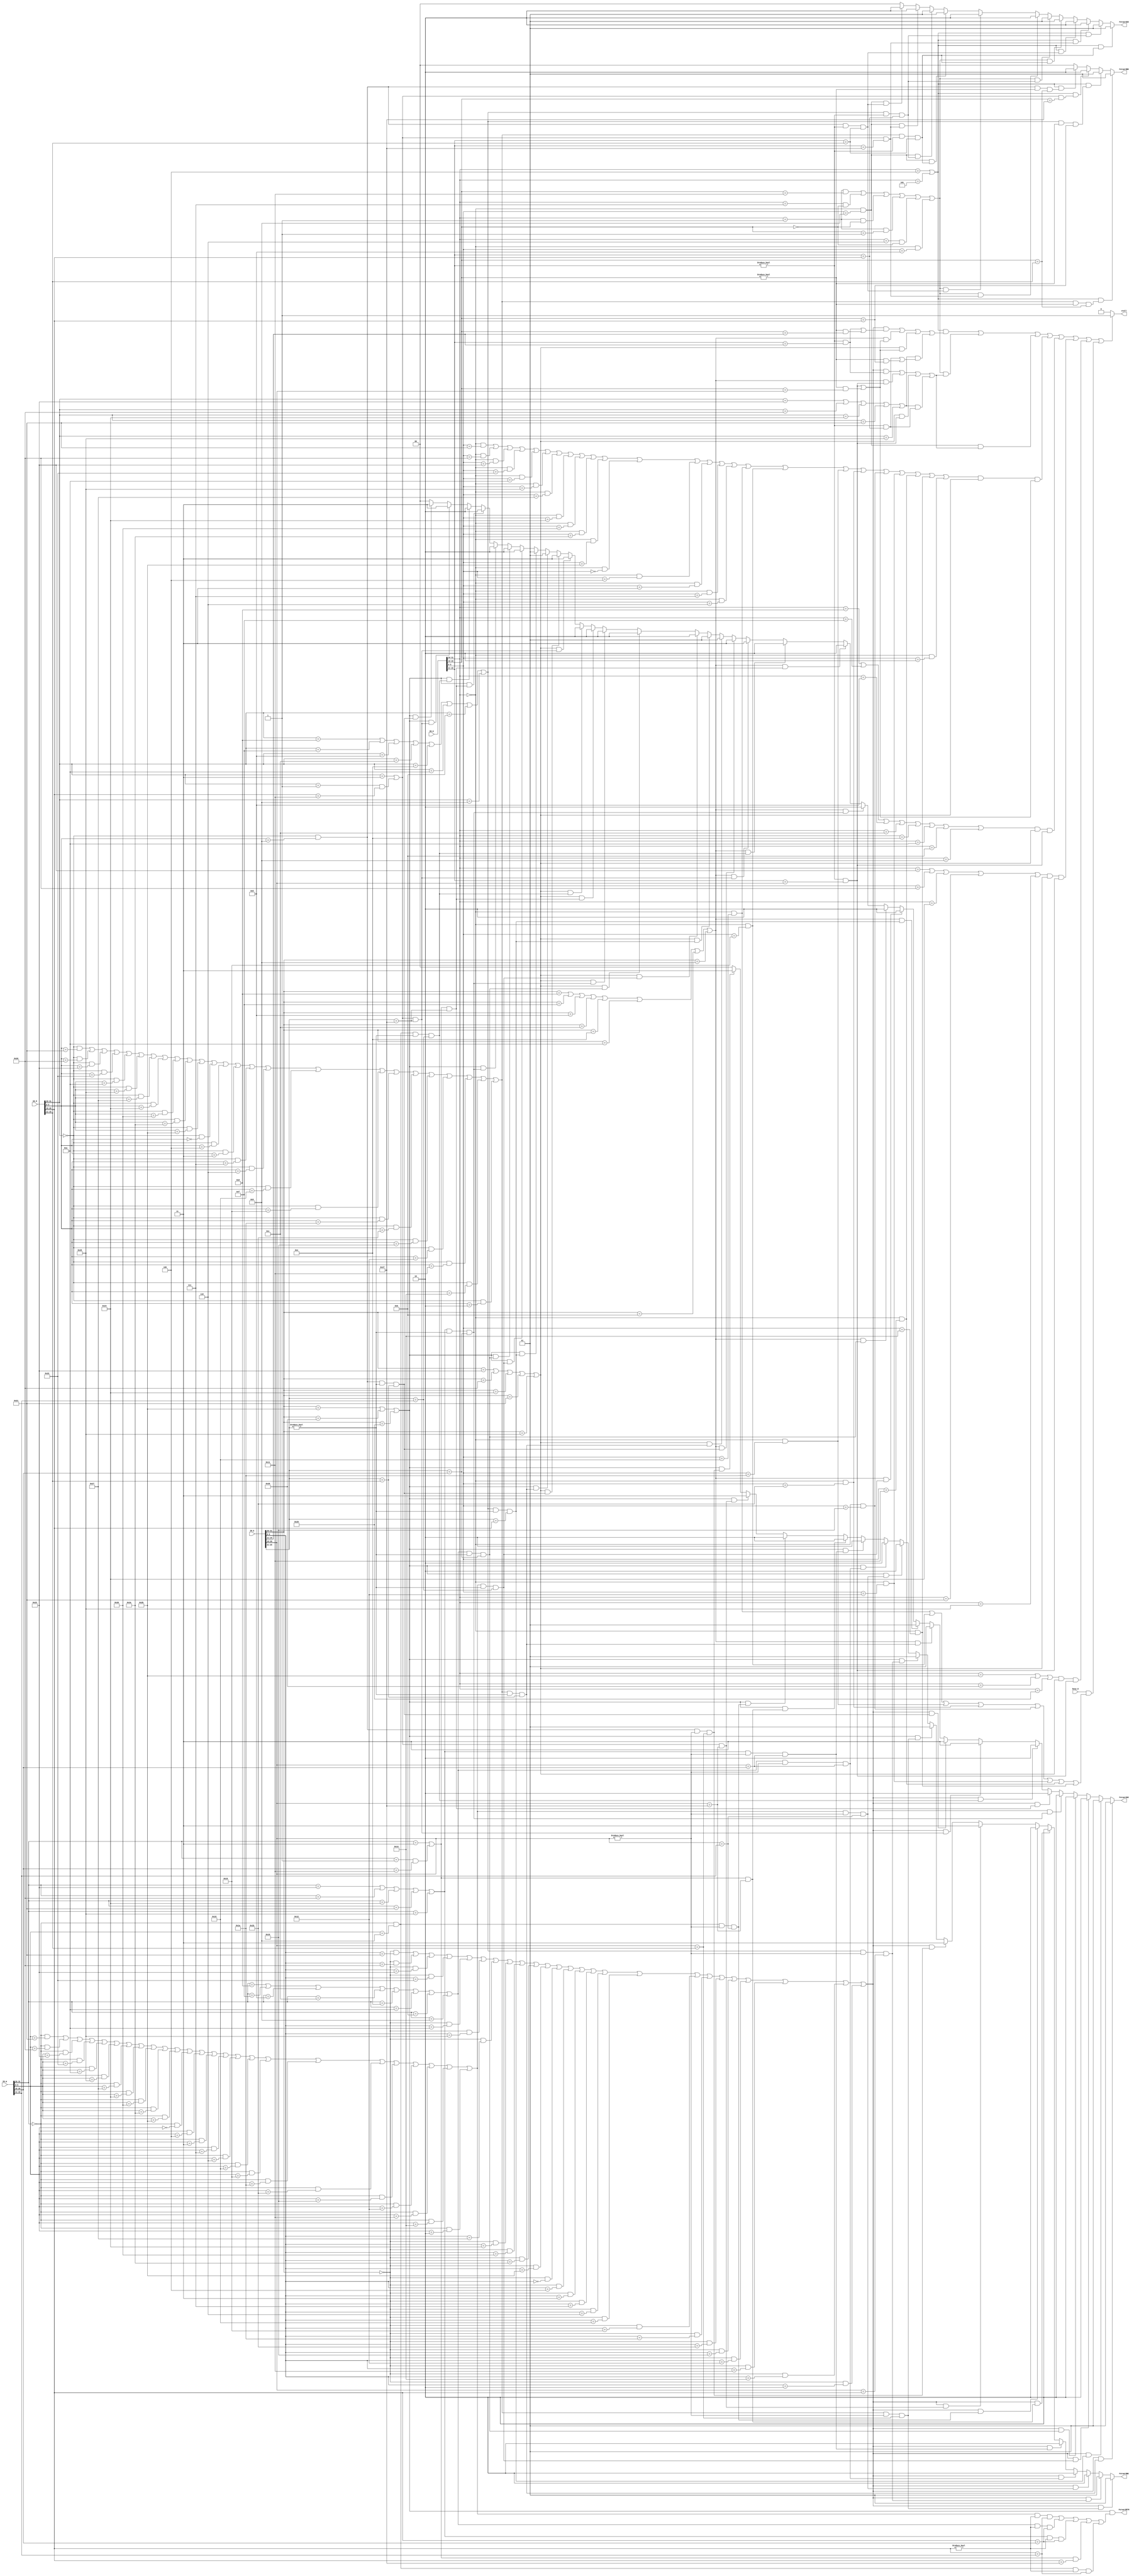
`timescale 1ns / 1ps
//////////////////////////////////////////////////////////////////////////////////
// Company: 
// Engineer: 
// 
// Design Name: 
// Module Name:    Hazard 
// Project Name: 
// Target Devices: 
// Tool versions: 
// Description: 
//
// Dependencies: 
//
// Revision: 
// Revision 0.01 - File Created
// Additional Comments: 
//
//////////////////////////////////////////////////////////////////////////////////
`define op 31:26
`define rs 25:21
`define rt 20:16
`define rd 15:11
`define func 5:0

`define op_r 			6'b000000
`define addu_func 	6'b100001
`define add_func 	   6'b100000
`define subu_func 	6'b100011
`define sub_func 	   6'b100010
`define jr_func 	   6'b001000
`define movz_func    6'b001010
`define And_func     6'b100100
`define Xor_func     6'b100110
`define sll_func     6'b000000
`define sllv_func    6'b000100
`define srl_func     6'b000010
`define srlv_func    6'b000110
`define sra_func     6'b000011
`define srav_func    6'b000111
`define Or_func		6'b100101
`define nor_func		6'b100111
`define slt_func		6'b101010
`define sltu_func		6'b101011
`define jalr_func		6'b001001

`define mult_func		6'b011000
`define multu_func	6'b011001
`define div_func	   6'b011010
`define divu_func	   6'b011011
`define mfhi_func	   6'b010000
`define mflo_func	   6'b010010
`define mthi_func	   6'b010001
`define mtlo_func	   6'b010011
	
`define ori_op       6'b001101
`define addi_op      6'b001000
`define addiu_op     6'b001001
`define andi_op      6'b001100
`define xori_op      6'b001110
`define lui_op       6'b001111
`define slti_op      6'b001010
`define sltiu_op     6'b001011
`define j_op         6'b000010
`define lw_op        6'b100011
`define lb_op        6'b100000
`define lbu_op       6'b100100
`define lh_op        6'b100001
`define lhu_op       6'b100101
`define sw_op        6'b101011
`define sb_op        6'b101000
`define sh_op        6'b101001
`define beq_op       6'b000100
`define bne_op       6'b000101
`define jal_op       6'b000011

`define bgezal_op    6'b000001
`define bgezal_rt    5'b10001

`define bgtz_op      6'b000111
`define bgtz_rt      5'b00000

`define bltz_op      6'b000001
`define bltz_rt      5'b00000

`define bgez_op      6'b000001
`define bgez_rt      5'b00001

`define blez_op      6'b000110
`define blez_rt      5'b00000


module Hazard(
    input [31:0] IR_D,
    input [31:0] IR_E,
    input [31:0] IR_M,
    input [31:0] IR_W,
	 input busy_E,
    output stall,
    output [1:0] ForwardAD,
    output [1:0] ForwardBD,
    output [1:0] ForwardAE,
    output [1:0] ForwardBE,
	 output ForwardRTM
    );
	 

	
	 
	 wire b_D;
	 wire b_rs_D;
	 wire jalr_D;
	 wire cal_r_D;
	 wire cal_i_D;
	 wire load_D;
	 wire store_D;
	 wire jal_D;
	 
	 wire b_E;
	 wire b_rs_E;
	 wire jalr_E;
	 wire cal_r_E;
	 wire cal_i_E;
	 wire load_E;
	 wire store_E;
	 wire jal_E;
	 
	 wire b_M;
	 wire b_rs_M;
	 wire jalr_M;
	 wire cal_r_M;
	 wire cal_i_M;
	 wire load_M;
	 wire store_M;
	 wire jal_M;
	 
	 wire b_W;
	 wire b_rs_W;
	 wire jalr_W;
	 wire cal_r_W;
	 wire cal_i_W;
	 wire load_W;
	 wire store_W;
	 wire jal_W;
	 
	 
	 
	 
	 assign b_D = (IR_D[`op] == `beq_op)||
					  (IR_D[`op] == `bne_op);//beq,bne
	
	 assign b_rs_D = ((IR_D[`op] == `bgezal_op)&&(IR_D[`rt] == `bgezal_rt))||
					     ((IR_D[`op] == `bgtz_op  )&&(IR_D[`rt] == `bgtz_rt  ))||
					     ((IR_D[`op] == `bltz_op  )&&(IR_D[`rt] == `bltz_rt  ))||
					     ((IR_D[`op] == `bgez_op  )&&(IR_D[`rt] == `bgez_rt  ))||
					     ((IR_D[`op] == `blez_op  )&&(IR_D[`rt] == `blez_rt  ))||
					     ((IR_D[`op] == `op_r     )&&(IR_D[`func] == `jr_func));//bgezal,bgtz,bltz,bgez,blez,jr
						  
	 assign jalr_D = (IR_D[`op] == `op_r)&&(IR_D[`func] == `jalr_func);//jalr
	
	 assign cal_r_D = ((IR_D[`op] == `op_r)&&(IR_D[`func] == `addu_func))||
	                  ((IR_D[`op] == `op_r)&&(IR_D[`func] == `add_func ))||
							((IR_D[`op] == `op_r)&&(IR_D[`func] == `subu_func))||
							((IR_D[`op] == `op_r)&&(IR_D[`func] == `sub_func ))||
							((IR_D[`op] == `op_r)&&(IR_D[`func] == `movz_func))||
							((IR_D[`op] == `op_r)&&(IR_D[`func] == `Or_func  ))||
							((IR_D[`op] == `op_r)&&(IR_D[`func] == `nor_func ))||
							((IR_D[`op] == `op_r)&&(IR_D[`func] == `And_func ))||
							((IR_D[`op] == `op_r)&&(IR_D[`func] == `Xor_func ))||
							((IR_D[`op] == `op_r)&&(IR_D[`func] == `slt_func ))||
							((IR_D[`op] == `op_r)&&(IR_D[`func] == `sltu_func))||
							((IR_D[`op] == `op_r)&&(IR_D[`func] == `sll_func ))||
							((IR_D[`op] == `op_r)&&(IR_D[`func] == `sllv_func))||
							((IR_D[`op] == `op_r)&&(IR_D[`func] == `sra_func ))||
							((IR_D[`op] == `op_r)&&(IR_D[`func] == `srav_func))||
							((IR_D[`op] == `op_r)&&(IR_D[`func] == `srlv_func))||
							((IR_D[`op] == `op_r)&&(IR_D[`func] == `mult_func))||
							((IR_D[`op] == `op_r)&&(IR_D[`func] == `multu_func))||
							((IR_D[`op] == `op_r)&&(IR_D[`func] == `div_func ))||
							((IR_D[`op] == `op_r)&&(IR_D[`func] == `divu_func))||
							((IR_D[`op] == `op_r)&&(IR_D[`func] == `mfhi_func))||
							((IR_D[`op] == `op_r)&&(IR_D[`func] == `mflo_func))||
							((IR_D[`op] == `op_r)&&(IR_D[`func] == `mthi_func))||
							((IR_D[`op] == `op_r)&&(IR_D[`func] == `mtlo_func))||
							((IR_D[`op] == `op_r)&&(IR_D[`func] == `srl_func ));//addu,add,subu,sub,movz,or,nor,and,xor,slt,sltu,sll,sllv,sra,srav,srlv,mult,multu,div,divu,mfhi,mflo,mthi,mtlo,srl
							
	 assign cal_i_D = (IR_D[`op] == `ori_op)   ||
							(IR_D[`op] == `lui_op)   ||
							(IR_D[`op] == `addi_op)  ||
							(IR_D[`op] == `andi_op)  ||
							(IR_D[`op] == `xori_op)  ||
							(IR_D[`op] == `slti_op)  ||
							(IR_D[`op] == `sltiu_op) ||
							(IR_D[`op] == `addiu_op);		//ori,lui,addi,andi,xori,slti,sltiu,addiu

	 assign load_D = (IR_D[`op] == `lw_op)  ||
						  (IR_D[`op] == `lb_op)  ||
	                 (IR_D[`op] == `lbu_op) ||
	                 (IR_D[`op] == `lh_op)  ||
	                 (IR_D[`op] == `lhu_op) ; //lw,lb,lbu,lh,lhu
	 
	 assign store_D = (IR_D[`op] == `sw_op) ||
	                  (IR_D[`op] == `sb_op) ||
							(IR_D[`op] == `sh_op);										//sw, sb, sh
	 
	 assign jal_D = (IR_D[`op] == `jal_op) ||
						 ((IR_D[`op] == `bgezal_op)&&(IR_D[`rt] == `bgezal_rt));                                 //jal,bgezal
	 
	 
	 assign b_E = (IR_E[`op] == `beq_op)||
					  (IR_E[`op] == `bne_op);//beq,bne
	
	 assign b_rs_E = ((IR_E[`op] == `bgezal_op)&&(IR_E[`rt] == `bgezal_rt))||
					     ((IR_E[`op] == `bgtz_op  )&&(IR_E[`rt] == `bgtz_rt  ))||
					     ((IR_E[`op] == `bltz_op  )&&(IR_E[`rt] == `bltz_rt  ))||
					     ((IR_E[`op] == `bgez_op  )&&(IR_E[`rt] == `bgez_rt  ))||
					     ((IR_E[`op] == `blez_op  )&&(IR_E[`rt] == `blez_rt  ))||
					     ((IR_E[`op] == `op_r     )&&(IR_E[`func] == `jr_func));//bgezal,bgtz,bltz,bgez,blez,jr
						  
	 assign jalr_E = (IR_E[`op] == `op_r)&&(IR_E[`func] == `jalr_func);//jalr
					  
	 assign cal_r_E = ((IR_E[`op] == `op_r)&&(IR_E[`func] == `addu_func))||
	                  ((IR_E[`op] == `op_r)&&(IR_E[`func] == `add_func ))||
							((IR_E[`op] == `op_r)&&(IR_E[`func] == `subu_func))||
							((IR_E[`op] == `op_r)&&(IR_E[`func] == `sub_func ))||
							((IR_E[`op] == `op_r)&&(IR_E[`func] == `movz_func))||
							((IR_E[`op] == `op_r)&&(IR_E[`func] == `Or_func  ))||
							((IR_E[`op] == `op_r)&&(IR_E[`func] == `nor_func ))||
							((IR_E[`op] == `op_r)&&(IR_E[`func] == `And_func ))||
							((IR_E[`op] == `op_r)&&(IR_E[`func] == `Xor_func ))||
							((IR_E[`op] == `op_r)&&(IR_E[`func] == `slt_func ))||
							((IR_E[`op] == `op_r)&&(IR_E[`func] == `sltu_func))||
							((IR_E[`op] == `op_r)&&(IR_E[`func] == `sll_func ))||
							((IR_E[`op] == `op_r)&&(IR_E[`func] == `sllv_func))||
							((IR_E[`op] == `op_r)&&(IR_E[`func] == `sra_func ))||
							((IR_E[`op] == `op_r)&&(IR_E[`func] == `srav_func))||
							((IR_E[`op] == `op_r)&&(IR_E[`func] == `srlv_func))||
							((IR_E[`op] == `op_r)&&(IR_E[`func] == `mult_func))||
							((IR_E[`op] == `op_r)&&(IR_E[`func] == `multu_func))||
							((IR_E[`op] == `op_r)&&(IR_E[`func] == `div_func ))||
							((IR_E[`op] == `op_r)&&(IR_E[`func] == `divu_func))||
							((IR_E[`op] == `op_r)&&(IR_E[`func] == `mfhi_func))||
							((IR_E[`op] == `op_r)&&(IR_E[`func] == `mflo_func))||
							((IR_E[`op] == `op_r)&&(IR_E[`func] == `mthi_func))||
							((IR_E[`op] == `op_r)&&(IR_E[`func] == `mtlo_func))||
							((IR_E[`op] == `op_r)&&(IR_E[`func] == `srl_func ));//addu,add,subu,sub,movz,or,nor,and,xor,slt,sltu,sll,sllv,sra,srav,srlv,srl
							
	 assign cal_i_E = (IR_E[`op] == `ori_op)   ||
							(IR_E[`op] == `lui_op)   ||
							(IR_E[`op] == `addi_op)  ||
							(IR_E[`op] == `andi_op)  ||
							(IR_E[`op] == `xori_op)  ||
							(IR_E[`op] == `slti_op)  ||
							(IR_E[`op] == `sltiu_op) ||
							(IR_E[`op] == `addiu_op);		//ori,lui,addi,andi,xori,slti,sltiu,addiu

	 assign load_E = (IR_E[`op] == `lw_op)  ||
	                 (IR_E[`op] == `lb_op)  ||
	                 (IR_E[`op] == `lbu_op) ||
	                 (IR_E[`op] == `lh_op)  ||
						  (IR_E[`op] == `lhu_op);										//lw,lb,lbu,lh,lhu
	 
	 assign store_E = (IR_E[`op] == `sw_op) ||
	                  (IR_E[`op] == `sb_op) ||
							(IR_E[`op] == `sh_op);										//sw, sb, sh
	 
	 assign jal_E = (IR_E[`op] == `jal_op)||
						 ((IR_E[`op] == `bgezal_op)&&(IR_E[`rt] == `bgezal_rt));                                 //jal,bgezal
	 
	 
	 
	 assign b_M = (IR_M[`op] == `beq_op)||
					  (IR_M[`op] == `bne_op);//beq,bne
	
	 assign b_rs_M = ((IR_M[`op] == `bgezal_op)&&(IR_M[`rt] == `bgezal_rt))||
					     ((IR_M[`op] == `bgtz_op  )&&(IR_M[`rt] == `bgtz_rt  ))||
					     ((IR_M[`op] == `bltz_op  )&&(IR_M[`rt] == `bltz_rt  ))||
					     ((IR_M[`op] == `bgez_op  )&&(IR_M[`rt] == `bgez_rt  ))||
					     ((IR_M[`op] == `blez_op  )&&(IR_M[`rt] == `blez_rt  ))||
					     ((IR_M[`op] == `op_r     )&&(IR_M[`func] == `jr_func));//bgezal,bgtz,bltz,bgez,blez,jr
		
	 assign jalr_M = (IR_M[`op] == `op_r)&&(IR_M[`func] == `jalr_func);//jalr
		
	 assign cal_r_M = ((IR_M[`op] == `op_r)&&(IR_M[`func] == `addu_func))||
	                  ((IR_M[`op] == `op_r)&&(IR_M[`func] == `add_func ))||
							((IR_M[`op] == `op_r)&&(IR_M[`func] == `subu_func))||
							((IR_M[`op] == `op_r)&&(IR_M[`func] == `sub_func ))||
							((IR_M[`op] == `op_r)&&(IR_M[`func] == `movz_func))||
							((IR_M[`op] == `op_r)&&(IR_M[`func] == `Or_func  ))||
							((IR_M[`op] == `op_r)&&(IR_M[`func] == `nor_func ))||
							((IR_M[`op] == `op_r)&&(IR_M[`func] == `And_func ))||
							((IR_M[`op] == `op_r)&&(IR_M[`func] == `Xor_func ))||
							((IR_M[`op] == `op_r)&&(IR_M[`func] == `slt_func ))||
							((IR_M[`op] == `op_r)&&(IR_M[`func] == `sltu_func))||
							((IR_M[`op] == `op_r)&&(IR_M[`func] == `sll_func ))||
							((IR_M[`op] == `op_r)&&(IR_M[`func] == `sllv_func))||
							((IR_M[`op] == `op_r)&&(IR_M[`func] == `sra_func ))||
							((IR_M[`op] == `op_r)&&(IR_M[`func] == `srav_func))||
							((IR_M[`op] == `op_r)&&(IR_M[`func] == `srlv_func))||
							((IR_M[`op] == `op_r)&&(IR_M[`func] == `mult_func))||
							((IR_M[`op] == `op_r)&&(IR_M[`func] == `multu_func))||
							((IR_M[`op] == `op_r)&&(IR_M[`func] == `div_func ))||
							((IR_M[`op] == `op_r)&&(IR_M[`func] == `divu_func))||
							((IR_M[`op] == `op_r)&&(IR_M[`func] == `mfhi_func))||
							((IR_M[`op] == `op_r)&&(IR_M[`func] == `mflo_func))||
							((IR_M[`op] == `op_r)&&(IR_M[`func] == `mthi_func))||
							((IR_M[`op] == `op_r)&&(IR_M[`func] == `mtlo_func))||
							((IR_M[`op] == `op_r)&&(IR_M[`func] == `srl_func ));//addu,add,subu,sub,movz,or,nor,and,xor,slt,sltu,sll,sllv,sra,srav,srlv,srl
							
	 assign cal_i_M = (IR_M[`op] == `ori_op)   ||
							(IR_M[`op] == `lui_op)   ||
							(IR_M[`op] == `addi_op)  ||
							(IR_M[`op] == `andi_op)  ||
							(IR_M[`op] == `xori_op)  ||
							(IR_M[`op] == `slti_op)  ||
							(IR_M[`op] == `sltiu_op) ||
							(IR_M[`op] == `addiu_op);		//ori,lui,addi,andi,xori,slti,sltiu,addiu

	 assign load_M = (IR_M[`op] == `lw_op)  ||
	                 (IR_M[`op] == `lb_op)  ||
	                 (IR_M[`op] == `lbu_op) ||
	                 (IR_M[`op] == `lh_op)  ||
						  (IR_M[`op] == `lhu_op);										//lw,lb,lbu,lh,lhu
	 
	 assign store_M = (IR_M[`op] == `sw_op) ||
	                  (IR_M[`op] == `sb_op) ||
							(IR_M[`op] == `sh_op);										//sw, sb, sh
	 
	 assign jal_M = (IR_M[`op] == `jal_op) ||
						 ((IR_M[`op] == `bgezal_op)&&(IR_M[`rt] == `bgezal_rt));                                 //jal,bgezal
	 
	 
	 assign b_W = (IR_W[`op] == `beq_op)||
					  (IR_W[`op] == `bne_op);//beq,bne
	
	 assign b_rs_W = ((IR_W[`op] == `bgezal_op)&&(IR_W[`rt] == `bgezal_rt))||
					     ((IR_W[`op] == `bgtz_op  )&&(IR_W[`rt] == `bgtz_rt  ))||
					     ((IR_W[`op] == `bltz_op  )&&(IR_W[`rt] == `bltz_rt  ))||
					     ((IR_W[`op] == `bgez_op  )&&(IR_W[`rt] == `bgez_rt  ))||
					     ((IR_W[`op] == `blez_op  )&&(IR_W[`rt] == `blez_rt  ))||
					     ((IR_W[`op] == `op_r     )&&(IR_W[`func] == `jr_func));//bgezal,bgtz,bltz,bgez,blez,jr
						  
	 assign jalr_W = (IR_W[`op] == `op_r)&&(IR_W[`func] == `jalr_func);//jalr
					  
	 assign cal_r_W = ((IR_W[`op] == `op_r)&&(IR_W[`func] == `addu_func))||
	                  ((IR_W[`op] == `op_r)&&(IR_W[`func] == `add_func ))||
							((IR_W[`op] == `op_r)&&(IR_W[`func] == `subu_func))||
							((IR_W[`op] == `op_r)&&(IR_W[`func] == `sub_func ))||
							((IR_W[`op] == `op_r)&&(IR_W[`func] == `movz_func))||
							((IR_W[`op] == `op_r)&&(IR_W[`func] == `Or_func  ))||
							((IR_W[`op] == `op_r)&&(IR_W[`func] == `nor_func ))||
							((IR_W[`op] == `op_r)&&(IR_W[`func] == `And_func ))||
							((IR_W[`op] == `op_r)&&(IR_W[`func] == `Xor_func ))||
							((IR_W[`op] == `op_r)&&(IR_W[`func] == `slt_func ))||
							((IR_W[`op] == `op_r)&&(IR_W[`func] == `sltu_func))||
							((IR_W[`op] == `op_r)&&(IR_W[`func] == `sll_func ))||
							((IR_W[`op] == `op_r)&&(IR_W[`func] == `sllv_func))||
							((IR_W[`op] == `op_r)&&(IR_W[`func] == `sra_func ))||
							((IR_W[`op] == `op_r)&&(IR_W[`func] == `srav_func))||
							((IR_W[`op] == `op_r)&&(IR_W[`func] == `srlv_func))||
							((IR_W[`op] == `op_r)&&(IR_W[`func] == `mult_func))||
							((IR_W[`op] == `op_r)&&(IR_W[`func] == `multu_func))||
							((IR_W[`op] == `op_r)&&(IR_W[`func] == `div_func ))||
							((IR_W[`op] == `op_r)&&(IR_W[`func] == `divu_func))||
							((IR_W[`op] == `op_r)&&(IR_W[`func] == `mfhi_func))||
							((IR_W[`op] == `op_r)&&(IR_W[`func] == `mflo_func))||
							((IR_W[`op] == `op_r)&&(IR_W[`func] == `mthi_func))||
							((IR_W[`op] == `op_r)&&(IR_W[`func] == `mtlo_func))||
							((IR_W[`op] == `op_r)&&(IR_W[`func] == `srl_func ));//addu,add,subu,sub,movz,or,nor,and,xor,slt,sltu,sll,sllv,sra,srav,srlv,srl
							
	 assign cal_i_W = (IR_W[`op] == `ori_op)   ||
							(IR_W[`op] == `lui_op)   ||
							(IR_W[`op] == `addi_op)  ||
							(IR_W[`op] == `andi_op)  ||
							(IR_W[`op] == `xori_op)  ||
							(IR_W[`op] == `slti_op)  ||
							(IR_W[`op] == `sltiu_op) ||
							(IR_W[`op] == `addiu_op);		//ori,lui,addi,andi,xori,slti,sltiu,addiu

	 assign load_W = (IR_W[`op] == `lw_op)  ||
	                 (IR_W[`op] == `lb_op)  ||
	                 (IR_W[`op] == `lbu_op) ||
	                 (IR_W[`op] == `lh_op)  ||
						  (IR_W[`op] == `lhu_op);										//lw,lb,lbu,lh,lhu
	 
	 assign store_W = (IR_W[`op] == `sw_op) ||
	                  (IR_W[`op] == `sb_op) ||
							(IR_W[`op] == `sh_op);										//sw, sb, sh
	 
	 assign jal_W = (IR_W[`op] == `jal_op) ||
						 ((IR_W[`op] == `bgezal_op)&&(IR_W[`rt] == `bgezal_rt));                      //jal,bgezal
	 
	 
	 //
	 wire stall_b;
	 wire stall_b_rs;
	 wire stall_jalr;
	 wire stall_cal_r;
	 wire stall_cal_i;
	 wire stall_load;
	 wire stall_store;
	 wire stall_md;
	 
	 assign stall_b =  b_D &&  ((cal_r_E && (((IR_D[`rs] != 0)&&(IR_D[`rs] == IR_E[`rd])) || ((IR_D[`rt] != 0)&&(IR_D[`rt] == IR_E[`rd])))) ||
									    (cal_i_E && (((IR_D[`rs] != 0)&&(IR_D[`rs] == IR_E[`rt])) || ((IR_D[`rt] != 0)&&(IR_D[`rt] == IR_E[`rt])))) ||
									    (load_E  && (((IR_D[`rs] != 0)&&(IR_D[`rs] == IR_E[`rt])) || ((IR_D[`rt] != 0)&&(IR_D[`rt] == IR_E[`rt])))) ||
									    (load_M  && (((IR_D[`rs] != 0)&&(IR_D[`rs] == IR_M[`rt])) || ((IR_D[`rt] != 0)&&(IR_D[`rt] == IR_M[`rt])))));
	 
	 assign stall_b_rs =  b_rs_D &&  ((cal_r_E && ((IR_D[`rs] != 0)&&(IR_D[`rs] == IR_E[`rd]))) ||
									          (cal_i_E && ((IR_D[`rs] != 0)&&(IR_D[`rs] == IR_E[`rt]))) ||
									          (load_E  && ((IR_D[`rs] != 0)&&(IR_D[`rs] == IR_E[`rt]))) ||
									          (load_M  && ((IR_D[`rs] != 0)&&(IR_D[`rs] == IR_M[`rt]))));
												 
	 assign stall_jalr =  jalr_D &&  ((cal_r_E && ((IR_D[`rs] != 0)&&(IR_D[`rs] == IR_E[`rd]))) ||
									          (cal_i_E && ((IR_D[`rs] != 0)&&(IR_D[`rs] == IR_E[`rt]))) ||
									          (load_E  && ((IR_D[`rs] != 0)&&(IR_D[`rs] == IR_E[`rt]))) ||
									          (load_M  && ((IR_D[`rs] != 0)&&(IR_D[`rs] == IR_M[`rt]))));
	 
	 assign stall_cal_r = cal_r_D && load_E && (((IR_D[`rs] != 0)&&(IR_D[`rs] == IR_E[`rt])) || ((IR_D[`rt] != 0)&&(IR_D[`rt] == IR_E[`rt]))); 
	 
	 assign stall_cal_i = cal_i_D && load_E && ((IR_D[`rs] != 0)&&(IR_D[`rs] == IR_E[`rt]));
	 
	 assign stall_load  = load_D  && load_E && ((IR_D[`rs] != 0)&&(IR_D[`rs] == IR_E[`rt]));
	 
	 assign stall_store = store_D && load_E && ((IR_D[`rs] != 0)&&(IR_D[`rs] == IR_E[`rt])) ;
	 
	 assign stall_md = busy_E && (((IR_D[`op] == `op_r)&&(IR_D[`func] == `mult_func))||
										   ((IR_D[`op] == `op_r)&&(IR_D[`func] == `multu_func))||
							            ((IR_D[`op] == `op_r)&&(IR_D[`func] == `div_func ))||
							            ((IR_D[`op] == `op_r)&&(IR_D[`func] == `divu_func))||
							            ((IR_D[`op] == `op_r)&&(IR_D[`func] == `mfhi_func))||
							            ((IR_D[`op] == `op_r)&&(IR_D[`func] == `mflo_func))||
							            ((IR_D[`op] == `op_r)&&(IR_D[`func] == `mthi_func))||
							            ((IR_D[`op] == `op_r)&&(IR_D[`func] == `mtlo_func)));
	 
	 assign stall = (stall_b || stall_b_rs || stall_jalr || stall_cal_r || stall_cal_i || stall_load || stall_store || stall_md)?1:0;
	 
	 assign ForwardAD =  b_D    && (cal_r_M && (IR_D[`rs]!=0) && (IR_D[`rs] == IR_M[`rd]))? 1:
								b_D    && (cal_i_M && (IR_D[`rs]!=0) && (IR_D[`rs] == IR_M[`rt]))? 1:
								b_D    && (jal_M   && (IR_D[`rs] == 31))                         ? 2:
								b_D    && (jalr_M  && (IR_D[`rs]!=0) && (IR_D[`rs] == IR_M[`rd]))? 2:
								b_rs_D && (cal_r_M && (IR_D[`rs]!=0) && (IR_D[`rs] == IR_M[`rd]))? 1:
								b_rs_D && (cal_i_M && (IR_D[`rs]!=0) && (IR_D[`rs] == IR_M[`rt]))? 1:
								b_rs_D && (jal_M   && (IR_D[`rs] == 31))                         ? 2:
								b_rs_D && (jalr_M  && (IR_D[`rs]!=0) && (IR_D[`rs] == IR_M[`rd]))? 2:
								jalr_D && (cal_r_M && (IR_D[`rs]!=0) && (IR_D[`rs] == IR_M[`rd]))? 1:
								jalr_D && (cal_i_M && (IR_D[`rs]!=0) && (IR_D[`rs] == IR_M[`rt]))? 1:
								jalr_D && (jal_M   && (IR_D[`rs] == 31))                         ? 2:
								jalr_D && (jalr_M  && (IR_D[`rs]!=0) && (IR_D[`rs] == IR_M[`rd]))? 2:
																													    0;
																													    
	 
	 assign ForwardBD =  b_D && (cal_r_M && (IR_D[`rt]!=0) && (IR_D[`rt] == IR_M[`rd]))? 1:
								b_D && (cal_i_M && (IR_D[`rt]!=0) && (IR_D[`rt] == IR_M[`rt]))? 1:
								b_D && (jal_M   && (IR_D[`rt] == 31))                         ? 2:
								b_D && (jalr_M  && (IR_D[`rt]!=0) && (IR_D[`rt] == IR_M[`rd]))? 2:
																													 0;
	 
	 assign ForwardAE =  cal_r_E && (cal_r_M && (IR_E[`rs]!=0) && (IR_E[`rs] == IR_M[`rd]))? 1:
								cal_r_E && (cal_i_M && (IR_E[`rs]!=0) && (IR_E[`rs] == IR_M[`rt]))? 1:
								cal_r_E && (cal_r_W && (IR_E[`rs]!=0) && (IR_E[`rs] == IR_W[`rd]))? 2:
								cal_r_E && (cal_i_W && (IR_E[`rs]!=0) && (IR_E[`rs] == IR_W[`rt]))? 2:
								cal_r_E && (load_W  && (IR_E[`rs]!=0) && (IR_E[`rs] == IR_W[`rt]))? 2:
								cal_r_E && (jal_W   && (IR_E[`rs] == 31)) 								? 2:
								cal_r_E && (jalr_W  && (IR_E[`rs]!=0) && (IR_E[`rs] == IR_W[`rd]))? 2:
								cal_r_E && (jal_M   && (IR_E[`rs] == 31))                         ? 3:
								cal_r_E && (jalr_M  && (IR_E[`rs]!=0) && (IR_E[`rs] == IR_M[`rd]))? 3:
								cal_i_E && (cal_r_M && (IR_E[`rs]!=0) && (IR_E[`rs] == IR_M[`rd]))? 1:
								cal_i_E && (cal_i_M && (IR_E[`rs]!=0) && (IR_E[`rs] == IR_M[`rt]))? 1:
								cal_i_E && (cal_r_W && (IR_E[`rs]!=0) && (IR_E[`rs] == IR_W[`rd]))? 2:
								cal_i_E && (cal_i_W && (IR_E[`rs]!=0) && (IR_E[`rs] == IR_W[`rt]))? 2:
								cal_i_E && (load_W  && (IR_E[`rs]!=0) && (IR_E[`rs] == IR_W[`rt]))? 2:
								cal_i_E && (jal_W   && (IR_E[`rs] == 31)) 								? 2:
								cal_i_E && (jalr_W  && (IR_E[`rs]!=0) && (IR_E[`rs] == IR_W[`rd]))? 2:
								cal_i_E && (jal_M   && (IR_E[`rs] == 31))                         ? 3:
								cal_i_E && (jalr_M  && (IR_E[`rs]!=0) && (IR_E[`rs] == IR_M[`rd]))? 3:
								load_E  && (cal_r_M && (IR_E[`rs]!=0) && (IR_E[`rs] == IR_M[`rd]))? 1:
								load_E  && (cal_i_M && (IR_E[`rs]!=0) && (IR_E[`rs] == IR_M[`rt]))? 1:
								load_E  && (cal_r_W && (IR_E[`rs]!=0) && (IR_E[`rs] == IR_W[`rd]))? 2:
								load_E  && (cal_i_W && (IR_E[`rs]!=0) && (IR_E[`rs] == IR_W[`rt]))? 2:
								load_E  && (load_W  && (IR_E[`rs]!=0) && (IR_E[`rs] == IR_W[`rt]))? 2:
								load_E  && (jal_W   && (IR_E[`rs] == 31)) 								? 2:
								load_E  && (jalr_W  && (IR_E[`rs]!=0) && (IR_E[`rs] == IR_W[`rd]))? 2:
								load_E  && (jal_M   && (IR_E[`rs] == 31))                         ? 3:
								load_E  && (jalr_M  && (IR_E[`rs]!=0) && (IR_E[`rs] == IR_M[`rd]))? 3:
								store_E && (cal_r_M && (IR_E[`rs]!=0) && (IR_E[`rs] == IR_M[`rd]))? 1:
								store_E && (cal_i_M && (IR_E[`rs]!=0) && (IR_E[`rs] == IR_M[`rt]))? 1:
								store_E && (cal_r_W && (IR_E[`rs]!=0) && (IR_E[`rs] == IR_W[`rd]))? 2:
								store_E && (cal_i_W && (IR_E[`rs]!=0) && (IR_E[`rs] == IR_W[`rt]))? 2:
								store_E && (load_W  && (IR_E[`rs]!=0) && (IR_E[`rs] == IR_W[`rt]))? 2:
								store_E && (jal_W   && (IR_E[`rs] == 31)) 								? 2:
								store_E && (jalr_W  && (IR_E[`rs]!=0) && (IR_E[`rs] == IR_W[`rd]))? 2:
								store_E && (jal_M   && (IR_E[`rs] == 31))                         ? 3:
								store_E && (jalr_M  && (IR_E[`rs]!=0) && (IR_E[`rs] == IR_M[`rd]))? 3:
																														  0;
	 
	 assign ForwardBE =  cal_r_E && (cal_r_M && (IR_E[`rt]!=0) && (IR_E[`rt] == IR_M[`rd]))? 1:
								cal_r_E && (cal_i_M && (IR_E[`rt]!=0) && (IR_E[`rt] == IR_M[`rt]))? 1:
								cal_r_E && (cal_r_W && (IR_E[`rt]!=0) && (IR_E[`rt] == IR_W[`rd]))? 2:
								cal_r_E && (cal_i_W && (IR_E[`rt]!=0) && (IR_E[`rt] == IR_W[`rt]))? 2:
								cal_r_E && (load_W  && (IR_E[`rt]!=0) && (IR_E[`rt] == IR_W[`rt]))? 2:
								cal_r_E && (jal_W   && (IR_E[`rt] == 31)) 								? 2:
								cal_r_E && (jalr_W  && (IR_E[`rt]!=0) && (IR_E[`rt] == IR_W[`rd]))? 2:
								cal_r_E && (jal_M   && (IR_E[`rt] == 31))                         ? 3:
								cal_r_E && (jalr_M  && (IR_E[`rt]!=0) && (IR_E[`rt] == IR_M[`rd]))? 3:
								store_E && (cal_r_M && (IR_E[`rt]!=0) && (IR_E[`rt] == IR_M[`rd]))? 1:
								store_E && (cal_i_M && (IR_E[`rt]!=0) && (IR_E[`rt] == IR_M[`rt]))? 1:
								store_E && (cal_r_W && (IR_E[`rt]!=0) && (IR_E[`rt] == IR_W[`rd]))? 2:
								store_E && (cal_i_W && (IR_E[`rt]!=0) && (IR_E[`rt] == IR_W[`rt]))? 2:
								store_E && (load_W  && (IR_E[`rt]!=0) && (IR_E[`rt] == IR_W[`rt]))? 2:
								store_E && (jal_W   && (IR_E[`rt] == 31)) 								? 2:
								store_E && (jalr_W  && (IR_E[`rt]!=0) && (IR_E[`rt] == IR_W[`rd]))? 2:
								store_E && (jal_M   && (IR_E[`rt] == 31))                         ? 3:
								store_E && (jalr_M  && (IR_E[`rt]!=0) && (IR_E[`rt] == IR_M[`rd]))? 3:
																														  0;
	 
	 assign ForwardRTM = store_E && ((cal_r_W && (IR_M[`rt]!=0) && (IR_M[`rt] == IR_W[`rd])) ||
										      (cal_i_W && (IR_M[`rt]!=0) && (IR_M[`rt] == IR_W[`rt])) ||
												(load_W  && (IR_M[`rt]!=0) && (IR_M[`rt] == IR_W[`rt])) ||
												(jal_W   && (IR_M[`rt] == 31)) ||
												(jalr_W  && (IR_M[`rt]!=0) && (IR_M[`rt] == IR_W[`rd])));
	 
endmodule